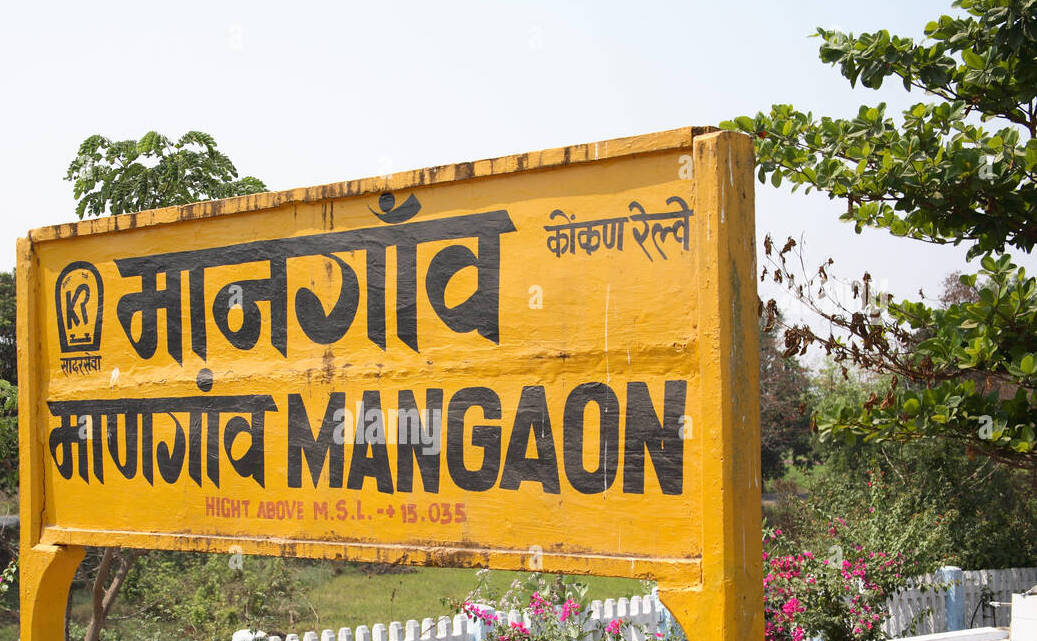
Language: marathi
Transcription: माणगांव कोंकण रेल्वे सादरसेवा